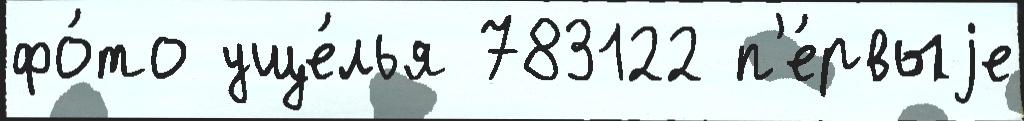
фо́то уще́лья 783122 п'е́рвыjе